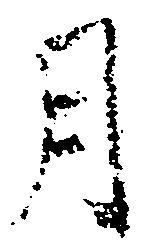
月